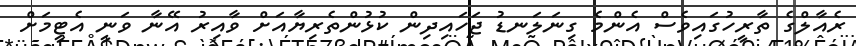
ރެއާލްގެ ތާރީހުގައިވެސް އެންމެ ގިނަލަނޑު ޖަހައިދިން ކުޅުންތެރިޔާއަށް ވާއިރު އޭނާ ވަނީ އެޓީމަށް